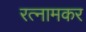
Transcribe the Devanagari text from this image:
रत्नामकर